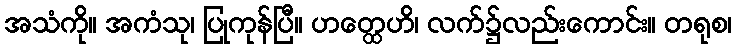
အသံကို။ အကံသု၊ ပြုကုန်ပြီ။ ဟတ္ထေဟိ၊ လက်၌လည်းကောင်း။ တရုစ၊